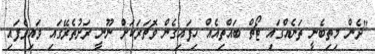
"ދެން މިތިބެނީ ތަނެއްގައި ޓޯޗް ބައްތިއެއް ހިފައިގެން ވޮޗަރަކަށް ނޫނީ ރަށުތެރޭގައި ވައިވެފައި